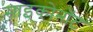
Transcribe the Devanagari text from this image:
साइकोनॉट